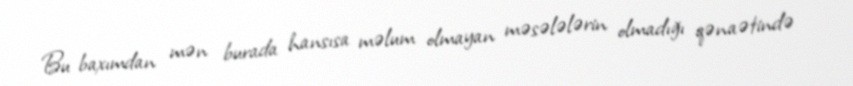
Bu baxımdan mən burada hansısa məlum olmayan məsələlərin olmadığı qənaətində